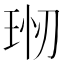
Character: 𤥊